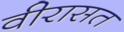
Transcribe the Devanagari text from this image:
वीरासत